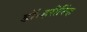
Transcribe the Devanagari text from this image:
डॉ॰हरीसिंह